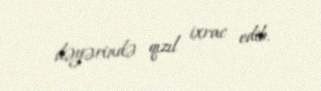
dəyərində qızıl ixrac edib.